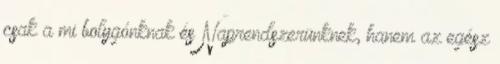
csak a mi bolygónknak és Naprendszerünknek, hanem az egész